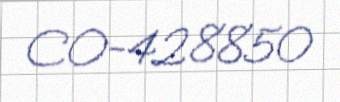
CO-428850